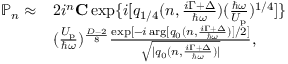
\begin{array} { r l } { \mathbb { P } _ { n } \approx } & { 2 i ^ { n } { \bf C } \exp \{ i [ q _ { 1 / 4 } ( n , \frac { i \Gamma + \Delta } { \hbar \omega } ) ( \frac { \hbar \omega } { U _ { \mathrm { p } } } ) ^ { 1 / 4 } ] \} } \\ & { ( \frac { U _ { \mathrm { p } } } { \hbar \omega } ) ^ { \frac { D - 2 } { 8 } } \frac { \exp [ - i \arg [ q _ { 0 } ( n , \frac { i \Gamma + \Delta } { \hbar \omega } ) ] / 2 ] } { \sqrt { | q _ { 0 } ( n , \frac { i \Gamma + \Delta } { \hbar \omega } ) | } } , } \end{array}